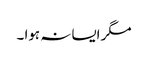
مگر ایسا نہ ہوا ۔